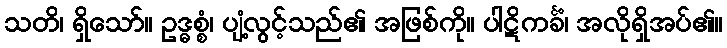
သတိ၊ ရှိသော်။ ဥဒ္ဓစ္စံ၊ ပျံ့လွင့်သည်၏ အဖြစ်ကို။ ပါဋိကင်္ခံ၊ အလိုရှိအပ်၏။